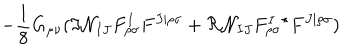
- \frac { 1 } { 8 } G _ { \mu \nu } ( \Im { \cal N } _ { I J } F _ { \rho \sigma } ^ { I } F ^ { J | \rho \sigma } + \Re { \cal N } _ { I J } F _ { \rho \sigma } ^ { I } { } ^ { \star } F ^ { J | \rho \sigma } )